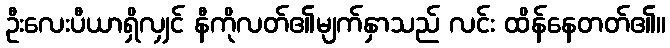
ဦးလေးပီယာရှိလျှင် နီကိုလတ်၏မျက်နှာသည် လင်း ထိန်နေတတ်၏။